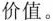
价值。